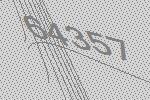
64357